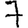
Digit: 7